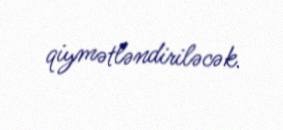
qiymətləndiriləcək.